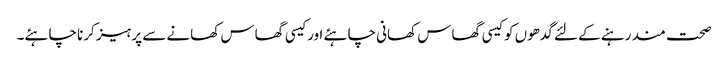
صحت مند رہنے کے لئے گدھوں کو کیسی گھاس کھانی چاہئے اور کیسی گھاس کھانے سے پرہیز کرنا چاہئے۔